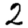
Digit: 2